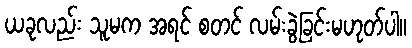
ယခုလည်း သူမက အရင် စတင် လမ်းခွဲခြင်းမဟုတ်ပါ။